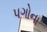
પગોના